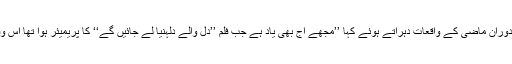
حال ہی میں شاہ رخ خان نے ایک انٹرویو کے دوران ماضی کے واقعات دہراتے ہوئے کہا ’’مجھے آج بھی یاد ہے جب فلم ’’دل والے دلہنیا لے جائیں گے‘‘ کا پریمیئر ہوا تھا اس وقت میرے سب دوست میرے ساتھ بیٹھے تھے۔